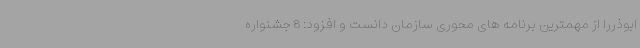
ابوذررا از مهمترین برنامه های محوری سازمان دانست و افزود: 8 جشنواره